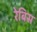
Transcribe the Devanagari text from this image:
रेबिस